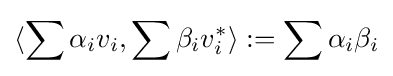
\langle \sum \alpha _{i}v_{i},\sum \beta _{i}v_{i}^{*}\rangle :=\sum \alpha _{i}\beta _{i}